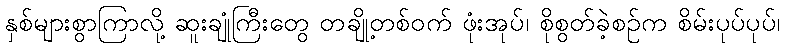
နှစ်များစွာကြာလို့ ဆူးချုံကြီးတွေ တချို့တစ်ဝက် ဖုံးအုပ်၊ စိုစွတ်ခဲ့စဉ်က စိမ်းပုပ်ပုပ်၊